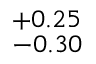
^ { + 0 . 2 5 } _ { - 0 . 3 0 }